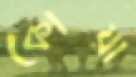
কোয়া